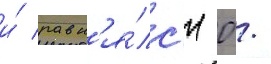
и́ равн'я́лс'я 0 /